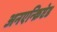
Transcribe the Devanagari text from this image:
अनएन्क्रिप्टेड